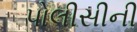
પોલીસીની